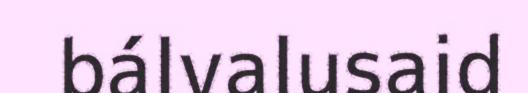
bálvalusaid